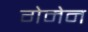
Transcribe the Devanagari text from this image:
गेमेन